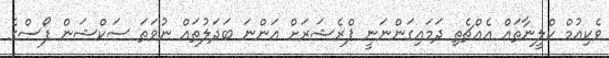
ވެކިއުމް ކްލީނާތައް އެއްޗެތި ދަމައިގަންނަނީ ޕްރެޝަރަށް އަންނަ ބަދަލުތައް ނުވަތަ ސަކްޝަން ފޯސްގެ